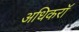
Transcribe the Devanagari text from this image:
अधिकरॉ